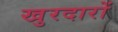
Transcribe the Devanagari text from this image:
खुरदारों